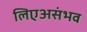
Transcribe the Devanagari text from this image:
लिएअसंभव